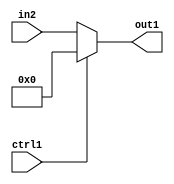
`timescale 1ps / 1ps
/*****************************************************************************
    Verilog RTL Description
    
    
    Created by: Stratus DpOpt 21.05.01 
*******************************************************************************/

module dut_N_Mux_9_2_53_4 (
	in2,
	ctrl1,
	out1
	); /* architecture "behavioural" */ 
input [8:0] in2;
input  ctrl1;
output [8:0] out1;
wire [8:0] asc001;

reg [8:0] asc001_tmp_0;
assign asc001 = asc001_tmp_0;
always @ (ctrl1 or in2) begin
	case (ctrl1)
		1'B1 : asc001_tmp_0 = 9'B000000000 ;
		default : asc001_tmp_0 = in2 ;
	endcase
end

assign out1 = asc001;
endmodule

/* CADENCE  uLTxSQg= : u9/ySxbfrwZIxEzHVQQV8Q== ** DO NOT EDIT THIS LINE ******/